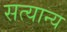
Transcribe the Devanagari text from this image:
सत्यान्य